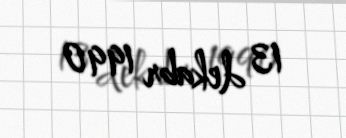
13 dekabr 1990